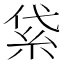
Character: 𥿝